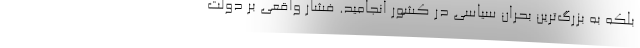
بلکه به بزرگ‌ترین بحران سیاسی در کشور انجامید. فشار واقعی بر دولت